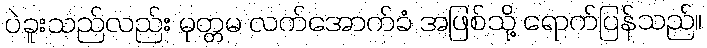
ပဲခူးသည်လည်း မုတ္တမ လက်အောက်ခံ အဖြစ်သို့ ရောက်ပြန်သည်။